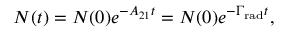
N ( t ) = N ( 0 ) e ^ { - A _ { 2 1 } t } = N ( 0 ) e ^ { - \Gamma _ { \mathrm { r a d } } t } ,